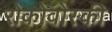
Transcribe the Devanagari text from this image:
रोकोवोस्की